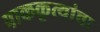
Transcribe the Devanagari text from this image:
पाककृत्यांचा